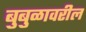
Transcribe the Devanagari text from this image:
बुबुळावरील